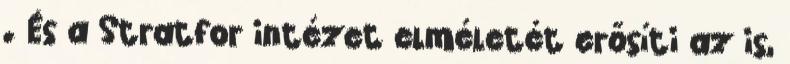
. És a Stratfor intézet elméletét erősíti az is,